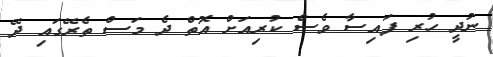
ނުދީ ހުރި ފައިސާ ވެސް ކުރިއަށް އޮތް ދެ މަސް ތެރޭގައި ދޭ